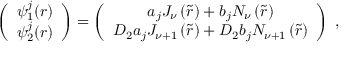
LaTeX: \left( \begin{array} { c } { { \psi _ { 1 } ^ { j } ( r ) } } \\ { { \psi _ { 2 } ^ { j } ( r ) } } \end{array} \right) = \left( \begin{array} { c } { { a _ { j } J _ { \nu } \left( \tilde { r } \right) + b _ { j } N _ { \nu } \left( \tilde { r } \right) } } \\ { { D _ { 2 } a _ { j } J _ { \nu + 1 } \left( \tilde { r } \right) + D _ { 2 } b _ { j } N _ { \nu + 1 } \left( \tilde { r } \right) } } \end{array} \right) \ ,